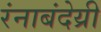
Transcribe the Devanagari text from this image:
रंनाबंदेय्री